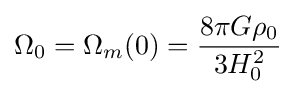
\Omega _{0}=\Omega _{m}(0)={\frac {8\pi G\rho _{0}}{3H_{0}^{2}}}